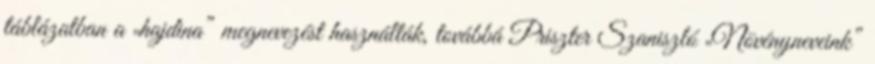
táblázatban a „hajdina” megnevezést használták, továbbá Priszter Szaniszló „Növényneveink”